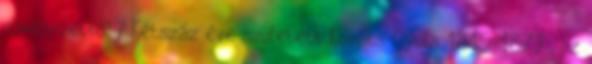
növényzetből? Kétszáz éve született Kováts Gyula 1815-1873 , az